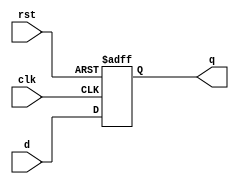
module parameterized_register #(
    parameter WIDTH = 8 // Default width is 8 bits
)(
    input wire clk,              // Clock signal
    input wire rst,              // Asynchronous reset signal
    input wire [WIDTH-1:0] d,    // Data input
    output reg [WIDTH-1:0] q      // Data output
);

// Always block for synchronous behavior with asynchronous reset
always @(posedge clk or posedge rst) begin
    if (rst) begin
        q <= {WIDTH{1'b0}}; // Clear register to zero on reset
    end else begin
        q <= d; // Capture input data on clock edge
    end
end

endmodule